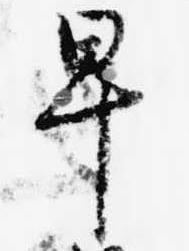
早